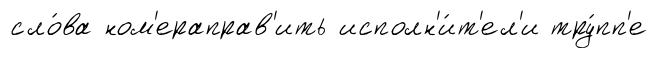
сло́ва ном'ераправ'ить исполн'и́т'ел'и тру́пп'е